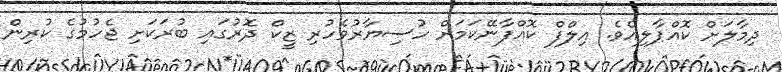
ދިމާލަށް ކޮއްޕާލިއެވެ. އިލްފް ކޮއްފާނޭކަމަށް ހުސިޔާރުވެހުރި ޒީކް ދޮރުގައި ބުރަކަށި ޖެހުމުގެ ކުރިން